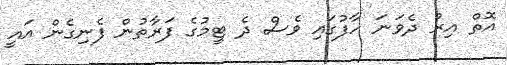
އޮތް އިރު ދެވަނަ ހާފުގައި ވެސް ދެ ޓީމުގެ ފަރާތުން ފެނިގެން އައީ